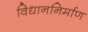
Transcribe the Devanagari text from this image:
विधाननिर्माण